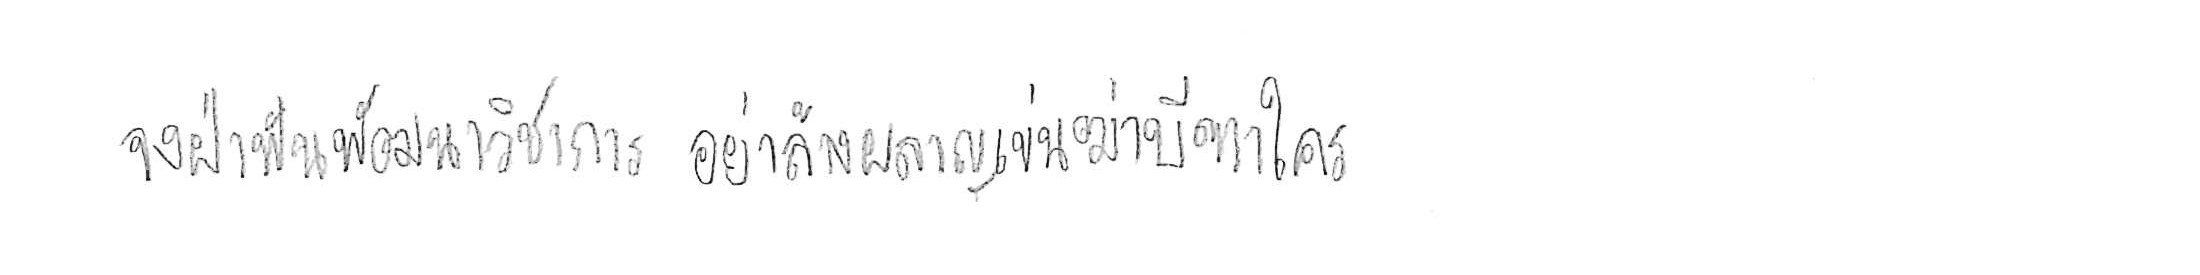
จงฝ่าฟันพัฒนาวิชาการ อย่าล้างผลาญฤๅเข่นฆ่าบีฑาใคร